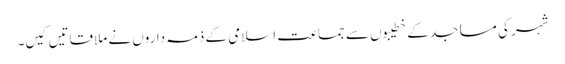
شہر کی مساجد کے خطیبوں سے جماعت اسلامی کے ذمہ داروں نے ملاقاتیں کیں۔